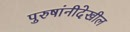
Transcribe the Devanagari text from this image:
पुरुषांनीदेखील